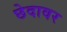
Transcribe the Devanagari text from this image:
छेदावर